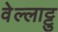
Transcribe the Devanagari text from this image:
वेल्लाट्टु